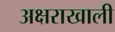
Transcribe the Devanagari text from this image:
अक्षराखाली